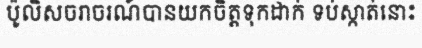
ប៉ូលិសចរាចរណ៍បានយកចិត្តទុកដាក់ ទប់ស្កាត់នោះ